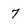
Character: 7